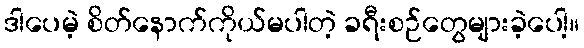
ဒါပေမဲ့ စိတ်နောက်ကိုယ်မပါတဲ့ ခရီးစဉ်တွေများခဲ့ပေါ့။